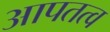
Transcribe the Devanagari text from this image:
आपतत्व